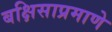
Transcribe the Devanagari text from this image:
बक्षिसाप्रमाणे